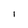
Character: l